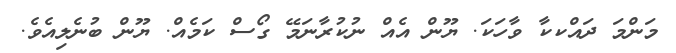
މަންމަ ދައްކކާ ވާހަކަ. ޔޫން އެއް ނުކުރާނަމޭ ގޯސް ކަމެއް. ޔޫން ބުނެލިއެވެ.